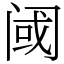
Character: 阈